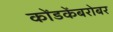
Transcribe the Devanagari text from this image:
कोंडकेंबरोबर